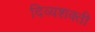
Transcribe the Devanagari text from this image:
दिव्यशक्ती